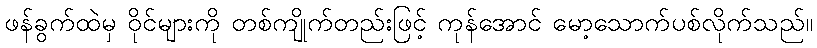
ဖန်ခွက်ထဲမှ ဝိုင်များကို တစ်ကျိုက်တည်းဖြင့် ကုန်အောင် မော့သောက်ပစ်လိုက်သည်။